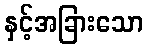
နှင့်အခြားသော